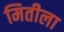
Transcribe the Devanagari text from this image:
मितीला